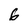
Character: 6